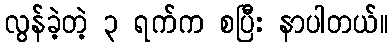
လွန်ခဲ့တဲ့ ၃ ရက်က စပြီး နာပါတယ်။